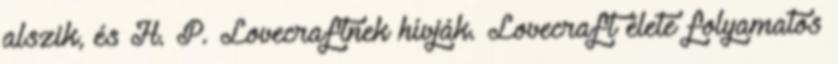
alszik, és H. P. Lovecraftnek hívják. Lovecraft élete folyamatos